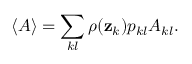
\langle A \rangle = \sum _ { k l } \rho ( \mathbf { z } _ { k } ) p _ { k l } A _ { k l } .